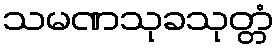
သမဏသုခသုတ္တံ